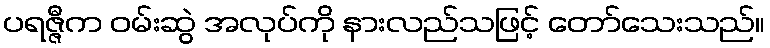
ပရဇ္ဇီက ဝမ်းဆွဲ အလုပ်ကို နားလည်သဖြင့် တော်သေးသည်။